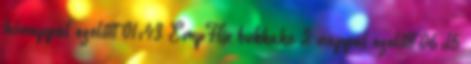
hónappal ezelőtt 01:43 EmpFlix bukkake 2 nappal ezelőtt 06:15